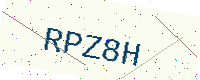
Text: RPZ8H